Report on vaccination in Madras 1904-1921 - 1904-1921
Year: 1904
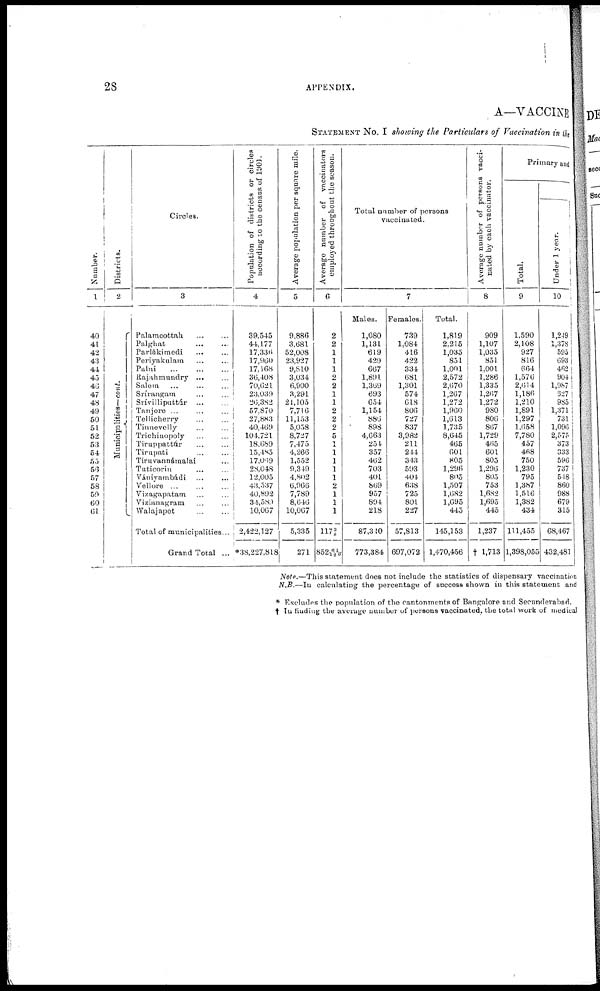
28
APPENDIX.
A—VACCINE
STATEMENT No. I showing the Particulars of Vaccination in the
Number.
1
40
41
42
43
44
45
4Ü
47
48
49
50
51
52
53
54
55
56
57
58
59
60
61
Districts.
2
Municipalities— cont.
Circles.
3
Palamcottah... ...
Palghat... ...
Parlákimedi... ...
Periyakulam...
...
Palni... ...
Rajahmundry... ...
Salem... ...
Srírangam... ...
Srívilliputtúr... ...
Tanjore... ... ...
Tellicherry... ...
Tinnevelly... ...
Trichinopoly... ...
Tiruppattúr... ...
Tirupati... ...
Tiruvannámalai...
Tuticorin... ...
Vánivambádi... ...
Vellore... ... ...
Vizagapatam... ...
Vizianagram... ...
Walajapet... ...
Total of municipalities...
Grand Total ...
Population of districts or circles
according to the census of 1901.
4
39,545
44,177
17,336
17,960
17,168
30,408
70,621
23,039
26,382
57,870
27,883
40,469
104,721
18,689
15,485
17,069
28,048
12,005
43,537
40,892
34,589
10,067
2,422,127
*38,227,818
Average population per square mile.
5
9,886
3,681
52,008
23,927
9,810
3,034
6,900
3,291
21,105
7,716
11,153
5,058
8,727
7,475
4,266
1,552
9,349
4.802
6,966
7,789
8,646
10,067
5,335
271
Average number of vaccinators
employed throughout the season.
6
2
2
1
1
1
2
2
1
1
2
2
2
5
1
1
1
1
1
2
1
1
1
117 3/8
852 61/120
Total number of persons
vaccinated.
Males.
1,080
1,131
619
429
667
1,891
1,369
693
654
1,154
886
898
4,663
254
357
462
703
401
869
957
894
218
87,340
773,384
7
Females.
739
1,084
416
422
334
681
1,301
574
618
806
727
837
3,982
211
244
343
593
404
638
725
801
227
57,813
697,072
Total.
1,819
2,215
1,035
851
1,001
2,572
2,670
1,267
1,272
1,960
1,613
1,735
8,645
465
601
805
1,296
805
1,507
1,682
1,695
445
145,153
1,470,456
Average number of persons vacci-
nated by each vaccinator.
8
909
1,107
1,035
851
1,001
1,286
1,335
1,267
1,272
980
806
867
1,729
465
601
805
1,296
805
753
1,682
1,695
445
1,237
† 1,713
Primary and
Total.
9
1,590
2,108
927
816
664
1,576
2,614
1,186
1,210
1,891
1,297
1,658
7,780
457
468
750
1,230
795
1,387
1,516
1,382
434
111,455
1,398,055
Under 1 year.
10
1,249
1,378
595
693
462
904
1,987
627
985
1,371
731
1,096
2,575
373
333
596
737
548
860
988
679
315
68,467
432,481
Note.—This statement does not include the statistics of dispensary vaccination
N.B.—In calculating the percentage of success shown in this statement and
* Excludes the population of the cantonments of Bangalore and Secunderabad.
† In finding the average number of persons vaccinated, the total work of medical